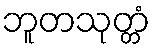
ဘူတသုတ္တံ